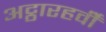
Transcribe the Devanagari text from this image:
अट्ठारहवीँ